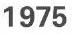
1975